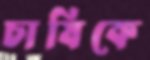
চাষিকে